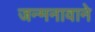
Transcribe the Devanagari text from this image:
जन्मनावाने